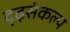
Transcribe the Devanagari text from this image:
दृढ़संकल्प